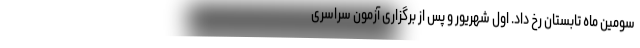
سومین ماه تابستان رخ داد. اول شهریور و پس از برگزاری آزمون سراسری